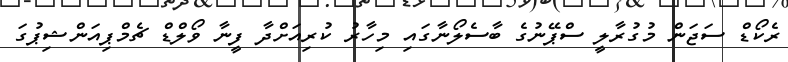
ރެކޯޑް ސަޖަން މުގުރާލީ ސްޕޭނުގެ ބާސެލޯނާގައި މިހާރު ކުރިއަށްދާ ފީނާ ވޯލްޑް ޗެމްޕިއަންޝިޕުގަ